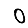
Digit: 0